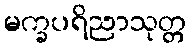
မက္ခပရိညာသုတ္တ